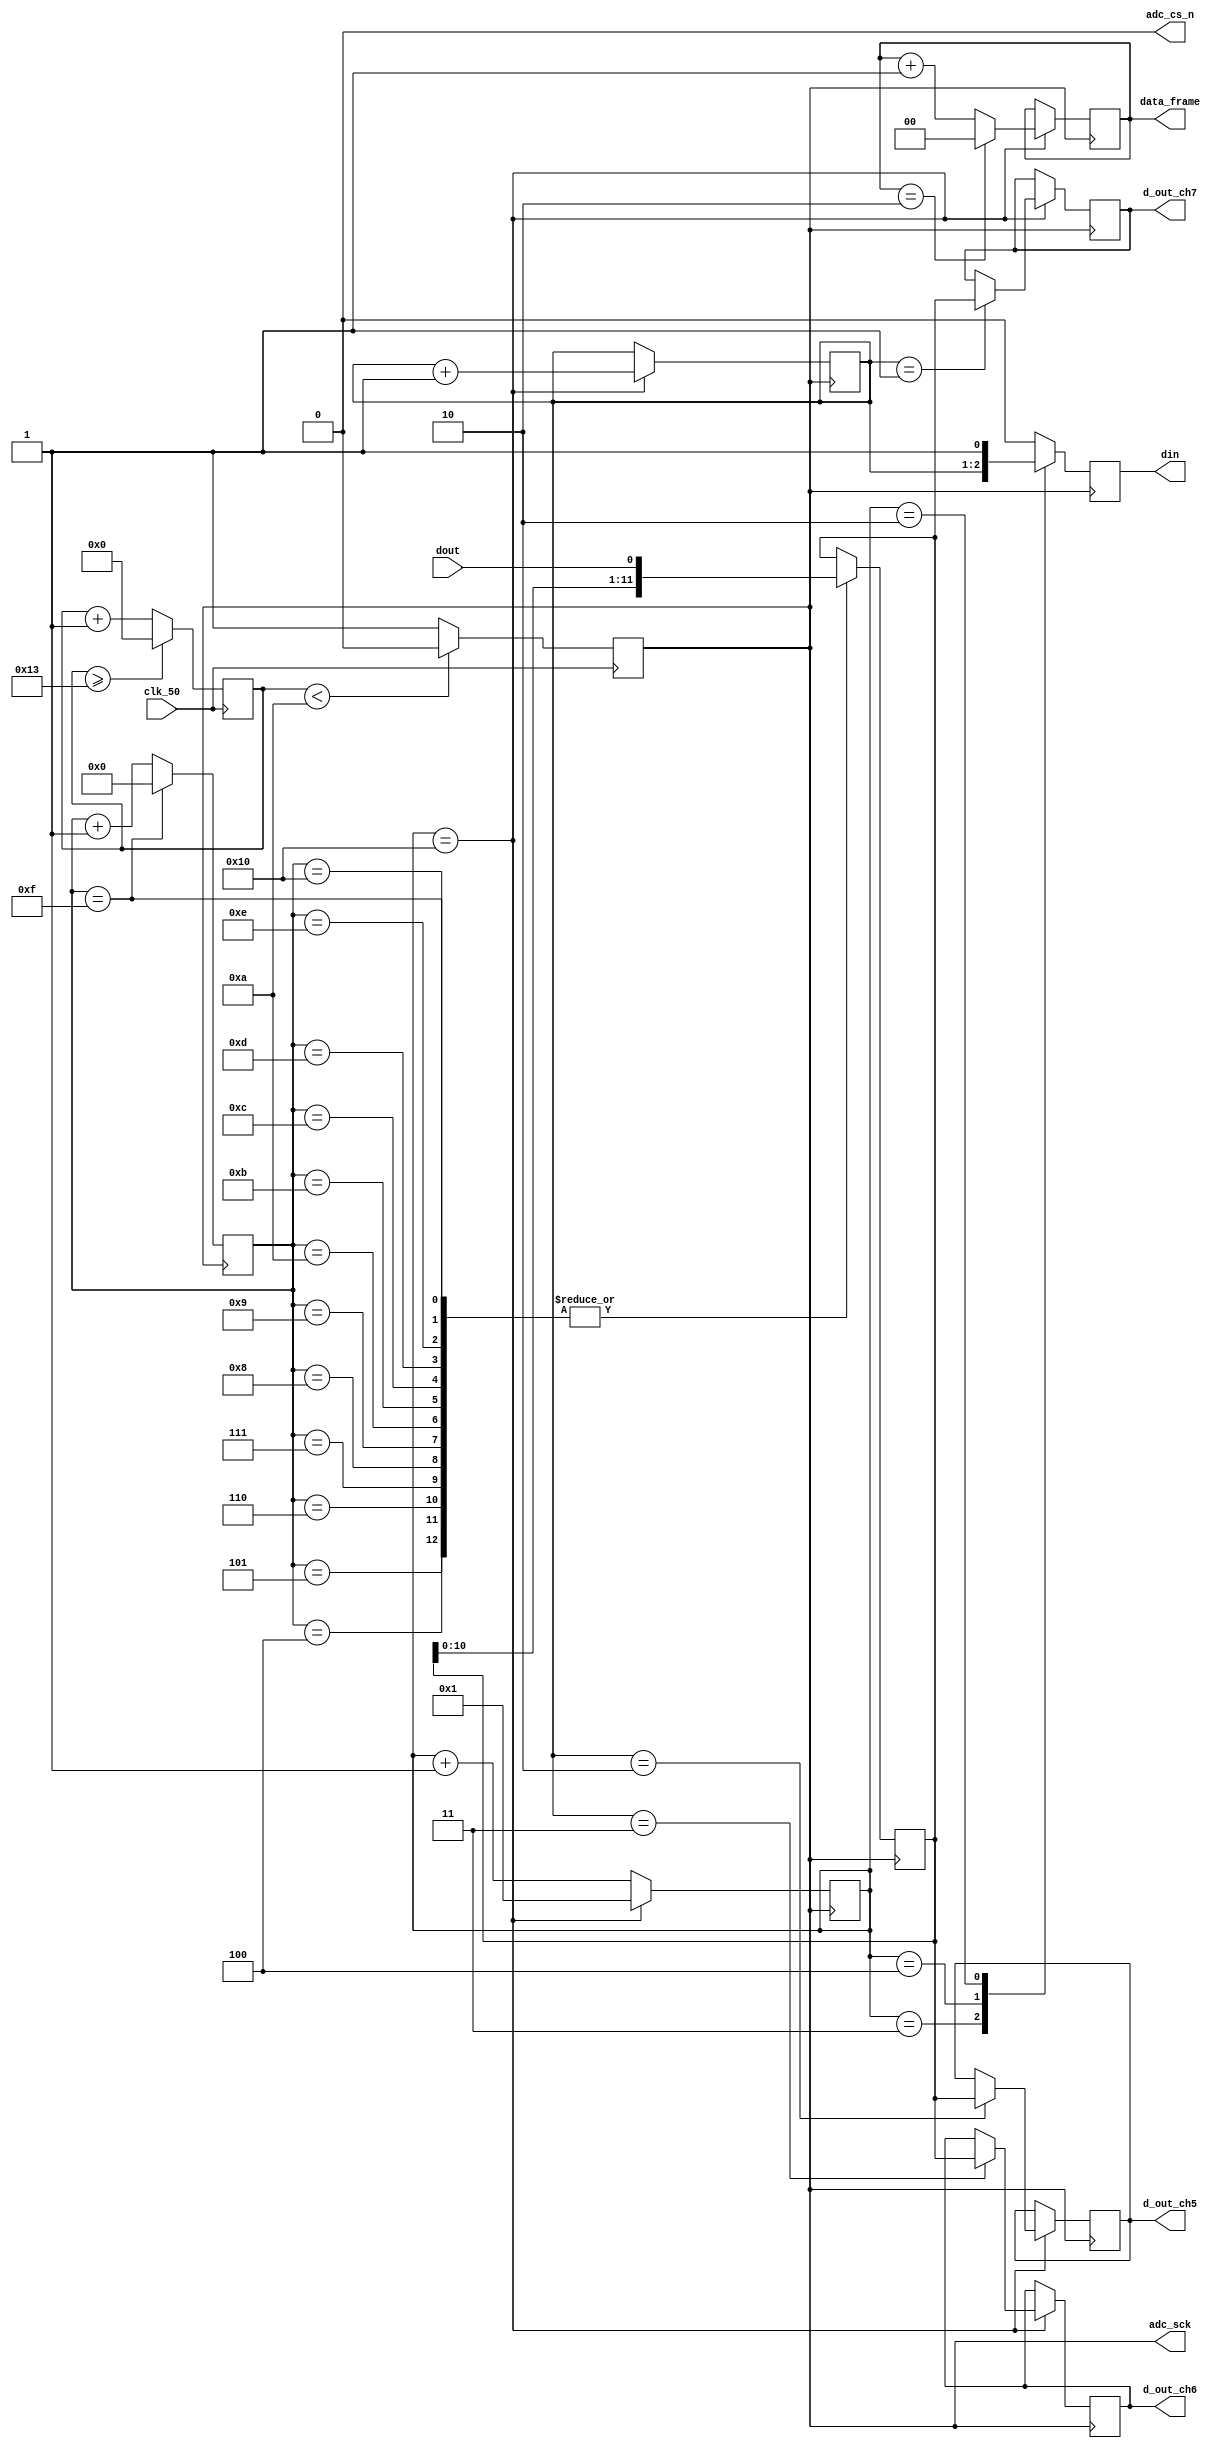
// SM : Task 2 A : ADC
/*
Instructions
-------------------
Students are not allowed to make any changes in the Module declaration.
This file is used to design ADC Controller.

Recommended Quartus Version : 19.1
The submitted project file must be 19.1 compatible as the evaluation will be done on Quartus Prime Lite 19.1.

Warning: The error due to compatibility will not be entertained.
-------------------
*/

//ADC Controller design
//Inputs  : clk_50 : 50 MHz clock, dout : digital output from ADC128S022 (serial 12-bit)
//Output  : adc_cs_n : Chip Select, din : Ch. address input to ADC128S022, adc_sck : 2.5 MHz ADC clock,
//				d_out_ch5, d_out_ch6, d_out_ch7 : 12-bit output of ch. 5,6 & 7,
//				data_frame : To represent 16-cycle frame (optional)

//////////////////DO NOT MAKE ANY CHANGES IN MODULE//////////////////
module line_follower(
	input  clk_50,				//50 MHz clock
	input  dout,				//digital output from ADC128S022 (serial 12-bit)
	output adc_cs_n,			//ADC128S022 Chip Select
	output din,					//Ch. address input to ADC128S022 (serial)
	output adc_sck,			//2.5 MHz ADC clock
	output [11:0]d_out_ch5,	//12-bit output of ch. 5 (parallel)
	output [11:0]d_out_ch6,	//12-bit output of ch. 6 (parallel)
	output [11:0]d_out_ch7,	//12-bit output of ch. 7 (parallel)
	output [1:0]data_frame	//To represent 16-cycle frame (optional)
	
);
	
////////////////////////WRITE YOUR CODE FROM HERE////////////////////
assign adc_cs_n=1'b0;

reg [7:0] counter=8'b0;
parameter DIVISOR=20;
reg freq;

always@(negedge clk_50)
begin
counter<=counter+8'd1;
if(counter>= (DIVISOR -1))
counter<= 8'd0;
freq<= (counter<DIVISOR/2)?0:1;
end
assign adc_sck=freq;
/////////////adc_sck done!!!!////////////
reg [4:0]sclk_count_neg=5'b00000;
reg [1:0]data_frame_temp=2'b00;

always@(negedge adc_sck)begin
if(sclk_count_neg==5'b10000)begin

sclk_count_neg<=1;

end
else 
sclk_count_neg<=sclk_count_neg+1;


end

reg[1:0] addr=2'b01;

always@(negedge adc_sck)begin

if(sclk_count_neg==16)begin
addr<=addr+1'b1;
if(data_frame_temp==2)begin
data_frame_temp<=2'b00;

end
else data_frame_temp<=data_frame_temp+1;
end

end
assign data_frame=data_frame_temp;
////////////////data frame done!!!!!///////////////

reg din_temp;

always@(negedge adc_sck)begin
case(sclk_count_neg)
	5'b00011:din_temp<=addr[1];
	5'b00100:din_temp<=addr[0];
	5'b00010:din_temp<=1'b1;
	default:din_temp<=1'b0;
	endcase
end
assign din=din_temp;
//////////din_done///////////////////////////


reg [11:0]register=12'b0;

reg [4:0]sclk_count_pos=5'b0;
always@(posedge adc_sck)begin
if(sclk_count_pos==15)begin
sclk_count_pos<=5'b00000;

end
else sclk_count_pos<=sclk_count_pos+1;

end

always@(posedge adc_sck)begin

case (sclk_count_pos)

		5'b00100:register <={register[10:0],dout};
      5'b00101:register <= {register[10:0],dout}; 
		5'b00110:register <= {register[10:0],dout};  
		5'b00111:register <= {register[10:0],dout};  
		5'b01000:register <= {register[10:0],dout};  
		5'b01001:register <= {register[10:0],dout};  
		5'b01010:register <= {register[10:0],dout};  
		5'b01011:register <= {register[10:0],dout};  
		5'b01100:register <= {register[10:0],dout};  
		5'b01101:register <= {register[10:0],dout};  
		5'b01110:register <= {register[10:0],dout};  
		5'b01111:register <= {register[10:0],dout};  
		5'b10000:register <= {register[10:0],dout};  
 
    endcase
end	  

reg [11:0] d_out_ch5_temp=12'b0;
reg [11:0] d_out_ch6_temp=12'b0;
reg [11:0] d_out_ch7_temp=12'b0;
always@(negedge adc_sck)begin
if(sclk_count_neg==5'b10000)begin
case(addr)
2'b01:d_out_ch7_temp<=register;
2'b11:d_out_ch6_temp<=register;
2'b10:d_out_ch5_temp<=register;
endcase
end
end
assign d_out_ch7=d_out_ch7_temp;
assign d_out_ch6=d_out_ch6_temp;
assign d_out_ch5=d_out_ch5_temp;

	
////////////////////////YOUR CODE ENDS HERE//////////////////////////
endmodule
///////////////////////////////MODULE ENDS///////////////////////////